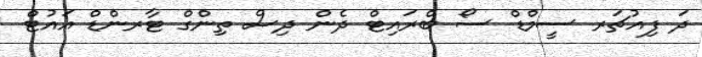
ދަ ފިއުޗަރ ސީމްޑް ސޯ ބްރައިޓް ދެން ދިސް ތިންގް ޓާރންޑް އައުޓް